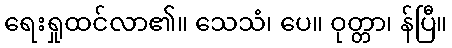
ရေးရှုထင်လာ၏။ သေသံ၊ ပေ။ ဝုတ္တာ၊ န်ပြီ။